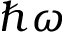
\hbar \omega